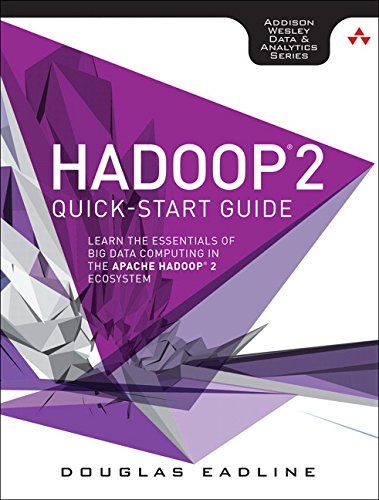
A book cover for Hadoop 2 Quick-Start Guide: Learn the Essentials of Big Data Computing in the Apache Hadoop 2 Ecosystem (Addison-Wesley Data & Analytics Series); Douglas Eadline; Computers & Technology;